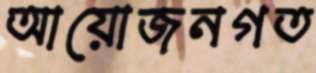
আয়োজনগত